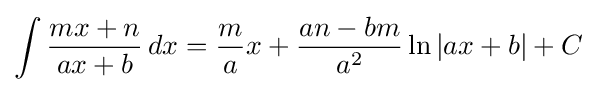
\int {\frac {mx+n}{ax+b}}\,dx={\frac {m}{a}}x+{\frac {an-bm}{a^{2}}}\ln \left|ax+b\right|+C